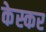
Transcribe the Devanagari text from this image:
केस्कर